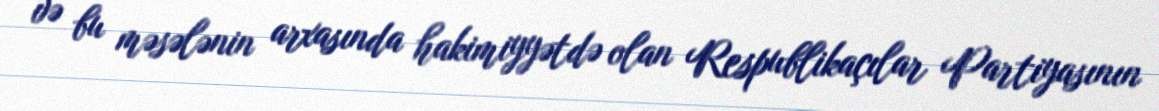
və bu məsələnin arxasında hakimiyyətdə olan Respublikaçılar Partiyasının